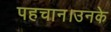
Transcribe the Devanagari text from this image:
पहचान।उनके